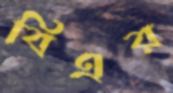
বিএর